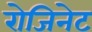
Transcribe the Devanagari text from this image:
रोजिनेट